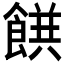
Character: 𲋝